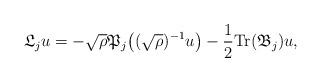
LaTeX: \begin{align*}\mathfrak{L}_ju=-\sqrt{\rho}\mathfrak{P}_j\big((\sqrt{\rho})^{-1}u\big)-\frac{1}{2}\textrm{Tr}(\mathfrak{B}_j)u,\end{align*}